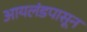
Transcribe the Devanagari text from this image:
आयलंडपासून